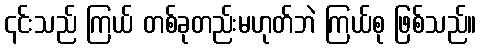
၎င်းသည် ကြယ် တစ်ခုတည်းမဟုတ်ဘဲ ကြယ်စု ဖြစ်သည်။